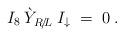
LaTeX: \begin{align*}I_8\: \grave{Y}_{R\!/\!L}\: I_\downarrow \;=\; 0\;. \end{align*}